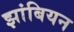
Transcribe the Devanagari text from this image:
झांबियन